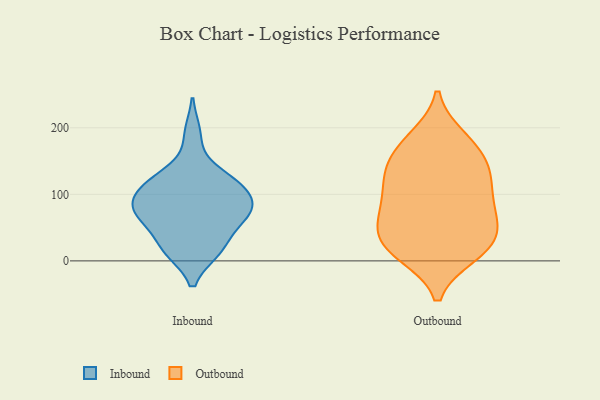
{"axis": {"x": "Temperature (°C)", "y": "Value"}, "legend": ["Inbound", "Outbound"], "data": [{"x": "", "y": 108, "type": "Inbound"}, {"x": "", "y": 100, "type": "Inbound"}, {"x": "", "y": 16, "type": "Inbound"}, {"x": "", "y": 122, "type": "Inbound"}, {"x": "", "y": 65, "type": "Inbound"}, {"x": "", "y": 16, "type": "Inbound"}, {"x": "", "y": 68, "type": "Inbound"}, {"x": "", "y": 119, "type": "Inbound"}, {"x": "", "y": 44, "type": "Inbound"}, {"x": "", "y": 81, "type": "Inbound"}, {"x": "", "y": 91, "type": "Inbound"}, {"x": "", "y": 73, "type": "Inbound"}, {"x": "", "y": 191, "type": "Inbound"}, {"x": "", "y": 130, "type": "Inbound"}, {"x": "", "y": 74, "type": "Inbound"}, {"x": "", "y": 15, "type": "Inbound"}, {"x": "", "y": 134, "type": "Outbound"}, {"x": "", "y": 40, "type": "Outbound"}, {"x": "", "y": 112, "type": "Outbound"}, {"x": "", "y": 185, "type": "Outbound"}, {"x": "", "y": 52, "type": "Outbound"}, {"x": "", "y": 65, "type": "Outbound"}, {"x": "", "y": 29, "type": "Outbound"}, {"x": "", "y": 87, "type": "Outbound"}, {"x": "", "y": 172, "type": "Outbound"}, {"x": "", "y": 10, "type": "Outbound"}, {"x": "", "y": 135, "type": "Outbound"}, {"x": "", "y": 10, "type": "Outbound"}, {"x": "", "y": 88, "type": "Outbound"}, {"x": "", "y": 145, "type": "Outbound"}, {"x": "", "y": 179, "type": "Outbound"}, {"x": "", "y": 129, "type": "Outbound"}, {"x": "", "y": 77, "type": "Outbound"}, {"x": "", "y": 15, "type": "Outbound"}, {"x": "", "y": 34, "type": "Outbound"}]}